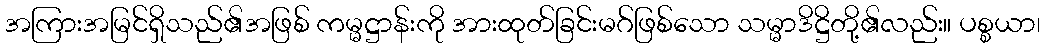
အကြားအမြင်ရှိသည်၏အဖြစ် ကမ္မဋ္ဌာန်းကို အားထုတ်ခြင်းမဂ်ဖြစ်သော သမ္မာဒိဋ္ဌိတို့၏လည်း။ ပစ္စယာ၊